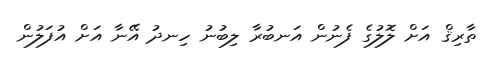
ތާރިޤް އަށް ލޮލުގެ ފެނުން އަނބުރާ ލިބުނު ހިނދު އޭނާ އަށް އުފަލުން